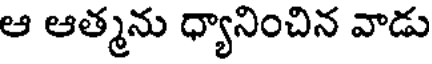
ఆ ఆత్మను ధ్యానించిన వాడు